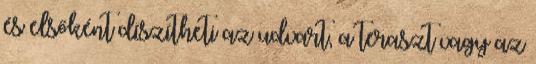
és elsőként díszítheti az udvart, a teraszt vagy az